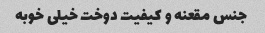
جنس مقعنه و کیفیت دوخت خیلی خوبه